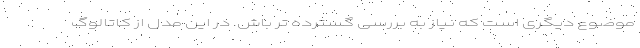
موضوع دیگری است که نیاز به بررسی گسترده تر باش. در این مدل از کاتالوگ